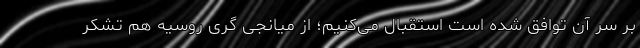
بر سر آن توافق شده است استقبال می‌کنیم؛ از میانجی گری روسیه هم تشکر